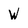
Character: W